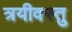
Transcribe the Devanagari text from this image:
त्रयीवस्तु